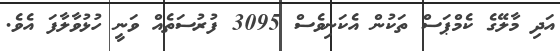
އަދި މާލޭގެ ކެމްޕަސް ތަަކުން އެކަނިވެސް 3095 ފުރުސަތެއް ވަނީ ހުޅުވާލާފަ އެވެ.